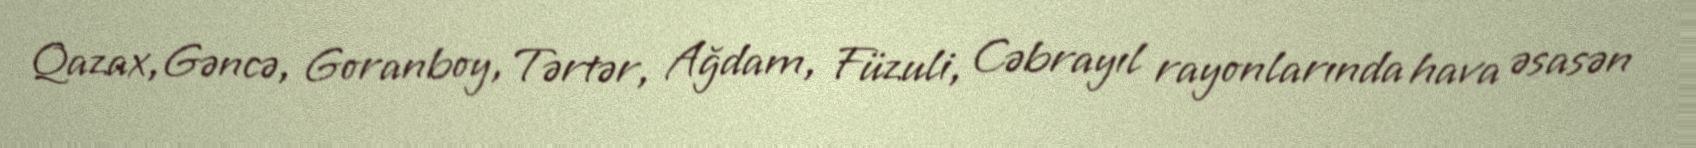
Qazax,Gəncə, Goranboy, Tərtər, Ağdam, Füzuli, Cəbrayıl rayonlarında hava əsasən